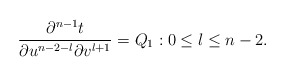
\begin{align*} \frac{\partial^{n-1}t}{\partial u^{n-2-l}\partial v^{l+1}}=Q_1:0\leq l\leq n-2.\end{align*}